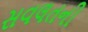
સવલતની